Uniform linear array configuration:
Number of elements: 64
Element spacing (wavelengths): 0.5
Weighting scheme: uniform
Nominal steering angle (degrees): -15
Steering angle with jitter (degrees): -13.205
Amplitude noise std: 0.05
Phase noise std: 0.05

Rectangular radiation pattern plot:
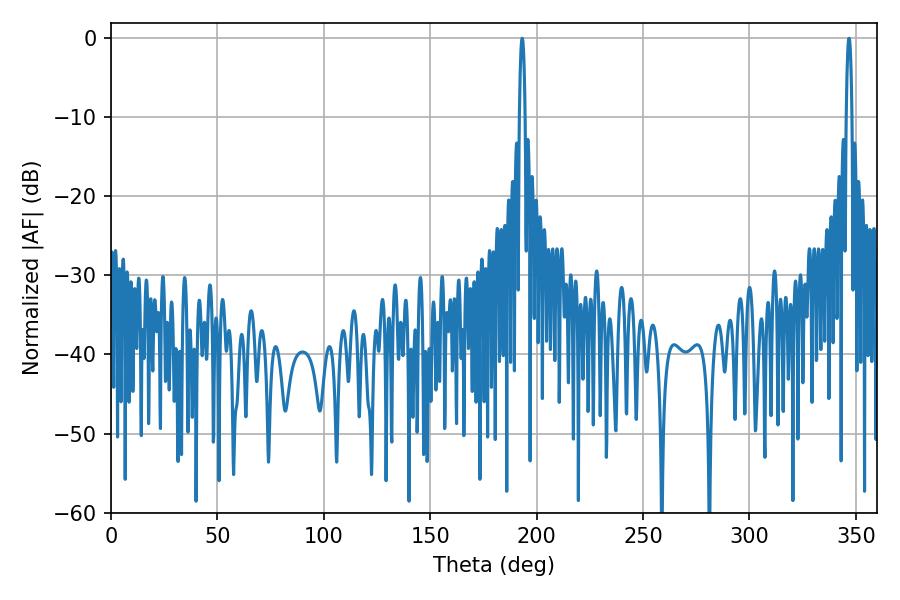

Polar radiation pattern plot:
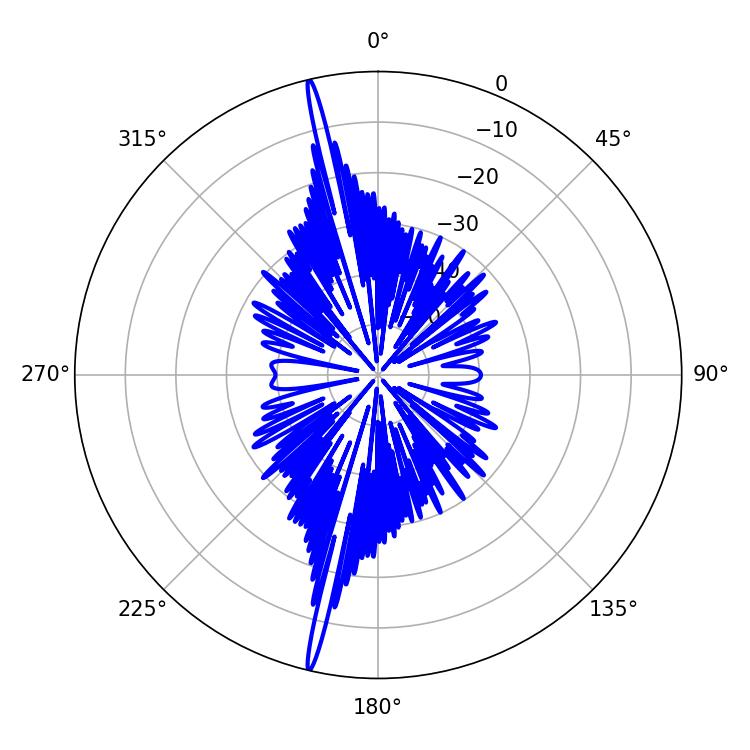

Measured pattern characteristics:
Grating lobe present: FALSE
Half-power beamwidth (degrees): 1.44
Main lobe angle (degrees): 193.14